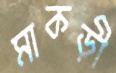
মাকড়ী